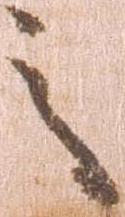
之